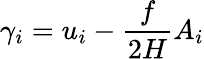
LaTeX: \gamma_{i}=u_{i}-\frac{f}{2H}A_{i}